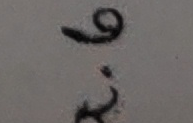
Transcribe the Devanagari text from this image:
९२